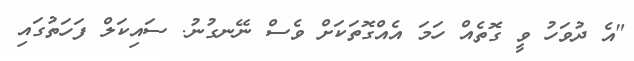
"އެ ދުވަހު ވީ ގޮތެއް ހަމަ އެއްގޮތަކަށް ވެސް ނޭނގުނު. ސައިކަލް ފަހަތުގައި